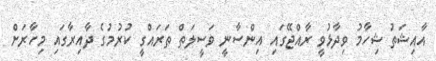
އާއިޝަތު ޝިހާމު ވިދާޅުވީ ރާއްޖޭގައި އިންސާނީ ވަސީލަތް ތަރައްގީ ކުރުމުގެ ދާއިރާގައި މިހާރަށް